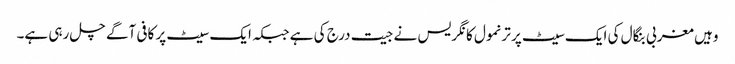
وہیں مغربی بنگال کی ایک سیٹ پر ترنمول کانگریس نے جیت درج کی ہے جبکہ ایک سیٹ پر کافی آگے چل رہی ہے۔